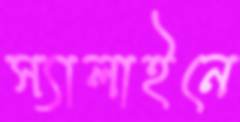
স্যালাইনে